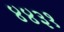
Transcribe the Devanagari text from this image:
४४३१